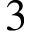
3